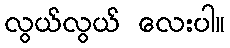
လွယ်လွယ် လေးပါ။